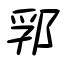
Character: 郛